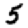
Digit: 5